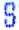
S